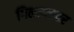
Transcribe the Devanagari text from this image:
गिलाव्यावर